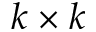
k \times k